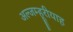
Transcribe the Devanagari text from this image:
अल्जम्हूरीयाह